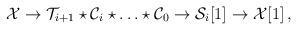
LaTeX: \begin{align*}{\cal X}\to {\cal T}_{i+1}\star {\cal C}_i \star \ldots \star {\cal C}_0 \to {\cal S}_i [1] \to {\cal X} [1]\, ,\end{align*}